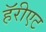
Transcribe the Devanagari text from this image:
हॅरीएट